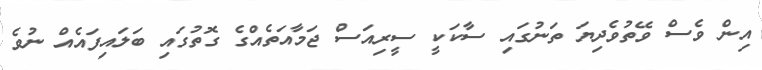
އިން ވެސް ވޭތުވެދިޔަ ތަނުގައި ސާކަކީ ސީރިއަސް ޖަމާއަތެއްގެ ގޮތުގައި ބަލައިފައެއް ނުވެ